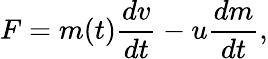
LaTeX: F=m(t){\frac{dv}{dt}}-u{\frac{dm}{dt}},